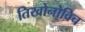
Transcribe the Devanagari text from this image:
तिखोनोविच